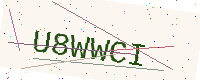
Text: U8WWCI